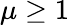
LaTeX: \mu\geq 1